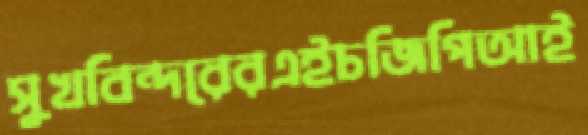
সুখবিন্দরেরএইচজিপিআই